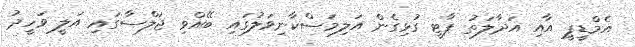
އެމްޑީޕީ އާއި އަދާލަތު ޕާޓީ ގުޅިގެން އަލިމަސްކާނިވަލުގައި ބޭއްވި ޖަލްސާގައި އަލީ ވަހީދު